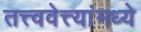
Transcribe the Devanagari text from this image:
तत्त्ववेत्त्यांमध्ये